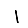
Digit: 1